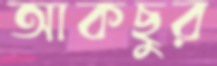
আকছুর